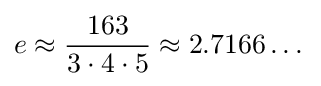
e\approx {163 \over 3\cdot 4\cdot 5}\approx 2.7166\dots